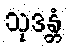
သုဒန္တံ